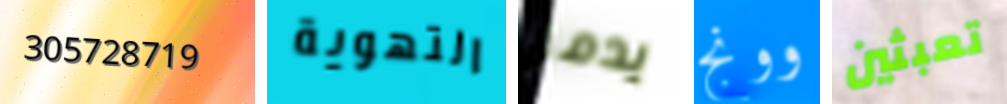
305728719 التهوية يدمر وونج تعبثين